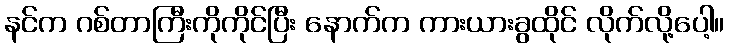
နင်က ဂစ်တာကြီးကိုကိုင်ပြီး နောက်က ကားယားခွထိုင် လိုက်လို့ပေါ့။